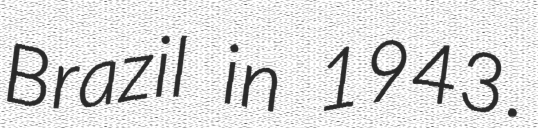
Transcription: Brazil in 1943.